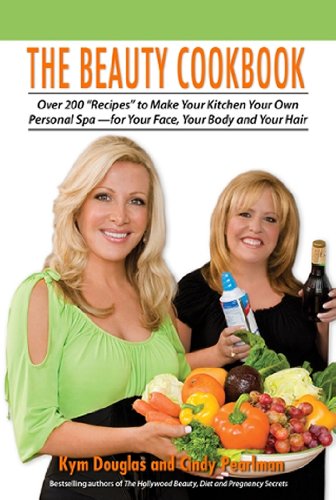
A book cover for The Beauty Cookbook: 200 Recipes to Make Your Kitchen Your Spa -- for Your Face, Your Body and Your Hair; Kym Douglas; Health, Fitness & Dieting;